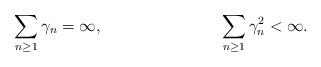
LaTeX: \begin{align*}& \sum_{n\geq 1} \gamma_{n} = \infty , & \sum_{n \geq 1} \gamma_{n}^{2} < \infty . \end{align*}